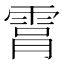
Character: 𮦑